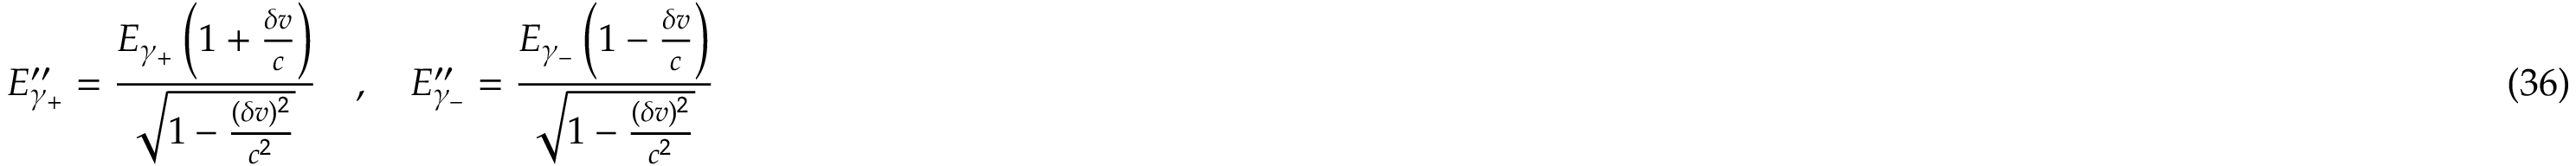
E _ { \gamma _ { + } } ^ { \prime \prime } = \frac { E _ { \gamma _ { + } } \left( 1 + \frac { \delta v } { c } \right) } { \sqrt { 1 - \frac { ( \delta v ) ^ { 2 } } { c ^ { 2 } } } } \quad , \quad E _ { \gamma _ { - } } ^ { \prime \prime } = \frac { E _ { \gamma _ { - } } \left( 1 - \frac { \delta v } { c } \right) } { \sqrt { 1 - \frac { ( \delta v ) ^ { 2 } } { c ^ { 2 } } } } \eqno ( 3 6 )